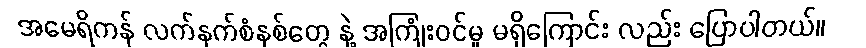
အမေရိကန် လက်နက်စံနစ်တွေ နဲ့ အကြုံးဝင်မှု မရှိကြောင်း လည်း ပြောပါတယ်။